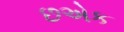
છએક